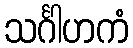
သင်္ဂါဟကံ